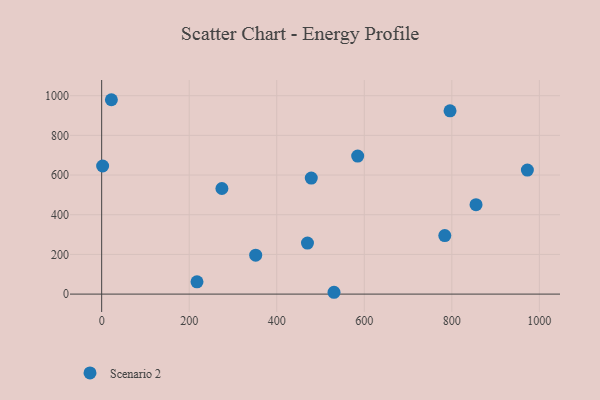
{"axis": {"x": "Price", "y": "Exam Score"}, "legend": ["Scenario 2"], "data": [{"x": "783.9", "y": 295.1, "type": "Scenario 2"}, {"x": "795.9", "y": 923.9, "type": "Scenario 2"}, {"x": "530.8", "y": 9.2, "type": "Scenario 2"}, {"x": "2.2", "y": 645.7, "type": "Scenario 2"}, {"x": "274.7", "y": 532.2, "type": "Scenario 2"}, {"x": "470.2", "y": 257.3, "type": "Scenario 2"}, {"x": "478.9", "y": 584.6, "type": "Scenario 2"}, {"x": "22.2", "y": 979.6, "type": "Scenario 2"}, {"x": "855.3", "y": 450.8, "type": "Scenario 2"}, {"x": "972.6", "y": 624.9, "type": "Scenario 2"}, {"x": "584.9", "y": 695.5, "type": "Scenario 2"}, {"x": "217.8", "y": 61.7, "type": "Scenario 2"}, {"x": "351.9", "y": 196.4, "type": "Scenario 2"}]}